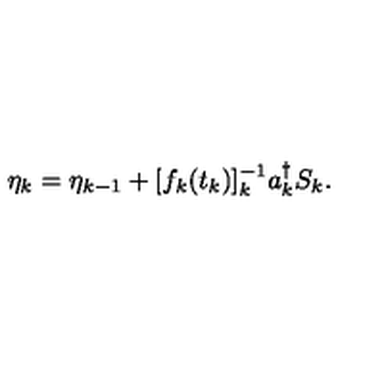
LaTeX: \eta _ { k } = \eta _ { k - 1 } + [ f _ { k } ( t _ { k } ) ] _ { k } ^ { - 1 } a _ { k } ^ { \dagger } S _ { k } .